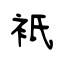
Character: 衹